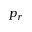
p _ { r }